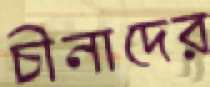
চীনাদের